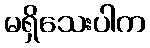
မရှိသေးပါက